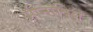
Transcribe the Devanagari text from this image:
मीनाक्शि